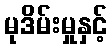
မုဒိမ်းမှုနှင့်